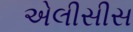
એલીસીસ